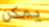
يمكن